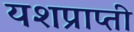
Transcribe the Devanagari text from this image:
यशप्राप्ती